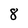
Character: 8